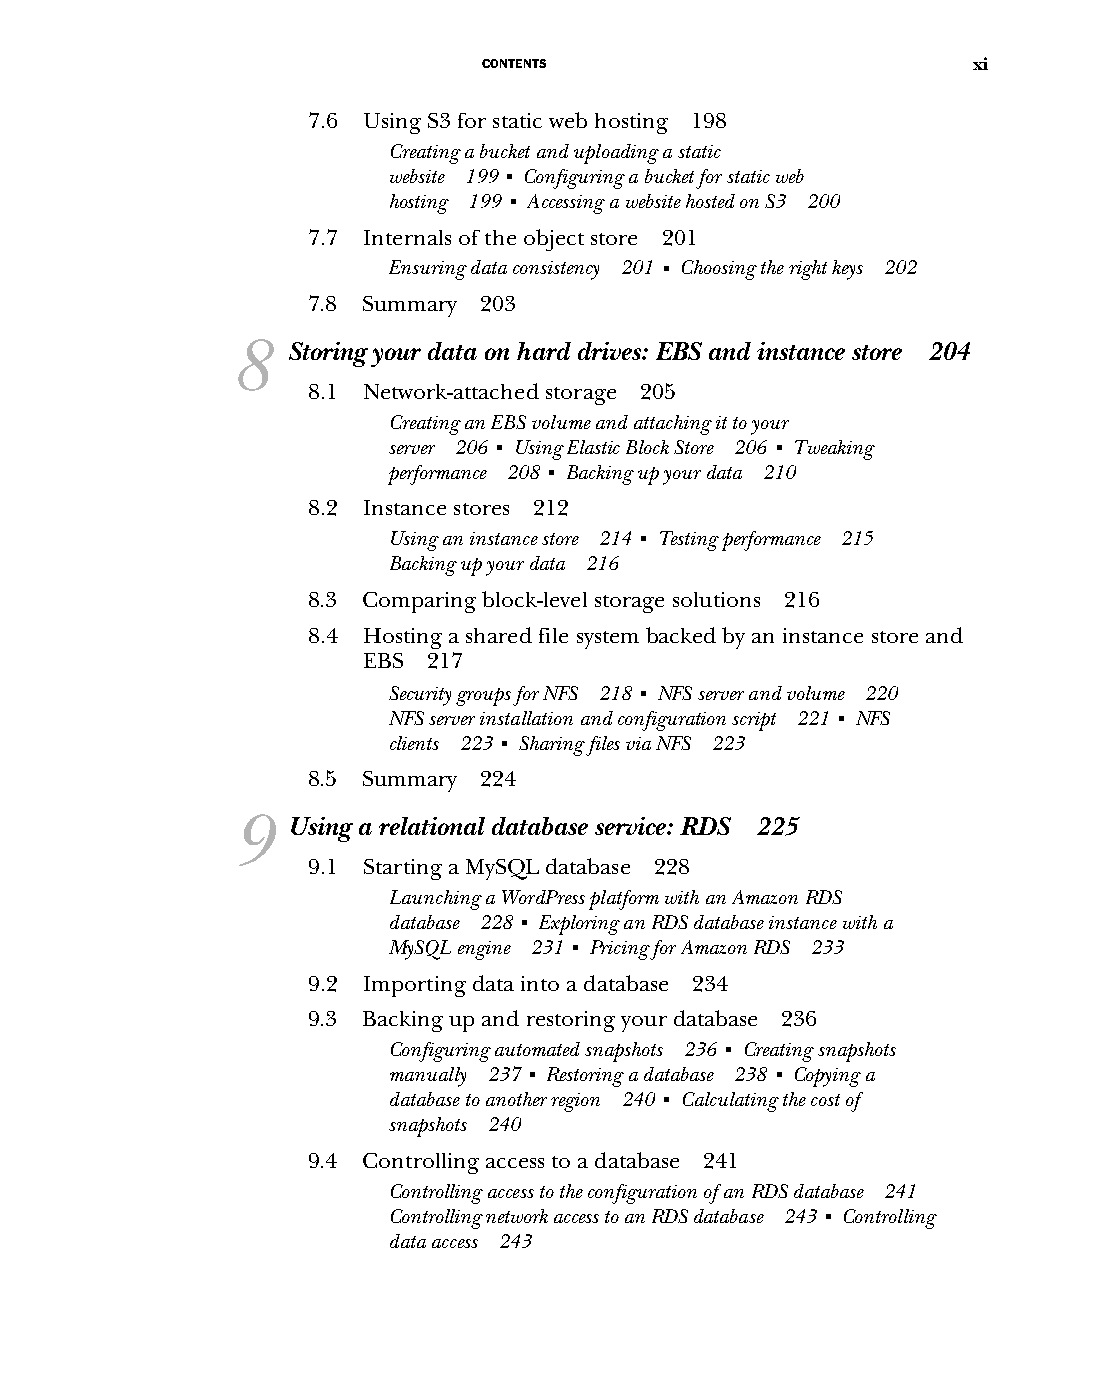
CONTENTS                        xi
 7.6 Using S3 for static web hosting 198
 Creating a bucket and uploading a static
 website 199 ■ Configuring a bucket for static web
 hosting 199 ■ Accessing a website hosted on S3 200
 7.7 Internals of the object store 201
 Ensuring data consistency 201 ■ Choosing the right keys 202
 7.8 Summary 203
 8   Storing your data on hard drives: EBS and instance store 204
 8.1 Network-attached storage 205
 Creating an EBS volume and attaching it to your
 server 206 ■ Using Elastic Block Store 206 ■ Tweaking
 performance 208 ■ Backing up your data 210
 8.2 Instance stores 212
 Using an instance store 214 ■ Testing performance 215
 Backing up your data 216
 8.3 Comparing block-level storage solutions 216
 8.4 Hosting a shared file system backed by an instance store and
 EBS 217
 Security groups for NFS 218 ■ NFS server and volume 220
 NFS server installation and configuration script 221 ■ NFS
 clients 223 ■ Sharing files via NFS 223
 8.5 Summary 224
 9   Using a relational database service: RDS 225
 9.1 Starting a MySQL database 228
 Launching a WordPress platform with an Amazon RDS
 database 228 ■ Exploring an RDS database instance with a
 MySQL engine 231 ■ Pricing for Amazon RDS 233
 9.2 Importing data into a database 234
 9.3 Backing up and restoring your database 236
 Configuring automated snapshots 236 ■ Creating snapshots
 manually 237 ■ Restoring a database 238 ■ Copying a
 database to another region 240 ■ Calculating the cost of
 snapshots 240
 9.4 Controlling access to a database 241
 Controlling access to the configuration of an RDS database 241
 Controlling network access to an RDS database 243 ■ Controlling
 data access 243